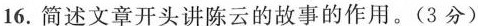
16.简述文章开头讲陈云的故事的作用。(3分)